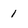
Character: 1